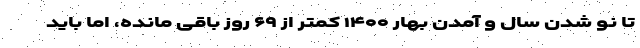
تا نو شدن سال و آمدن بهار ۱۴۰۰ کمتر از ۶۹ روز باقی مانده، اما باید